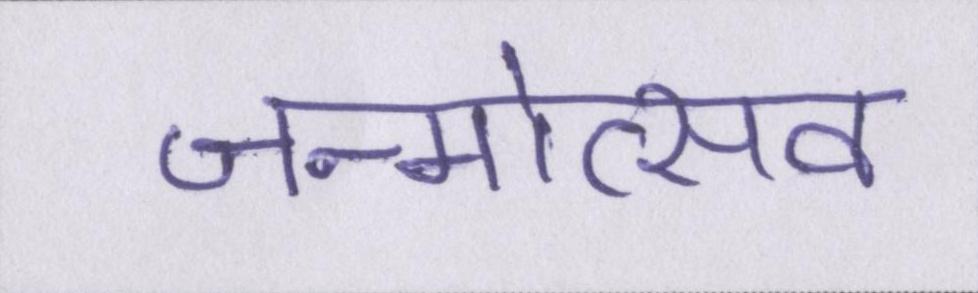
जन्मोत्सव